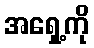
အရှေ့ကို